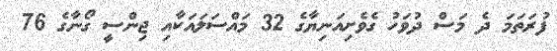
ފުރަތަމަ ދެ މަސް ދުވަހު ގެވެށިއަނިޔާގެ 32 މައްސަލައަކާއި ޖިންސީ ގޯނާގެ 76